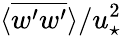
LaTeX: \langle\overline{{w^{\prime}w^{\prime}}}\rangle/u_{\star}^{2}